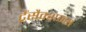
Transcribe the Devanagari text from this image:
ट्रैंसैक्शन्स